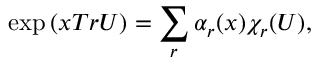
\exp \left( x T r U \right) = \sum _ { r } \alpha _ { r } ( x ) \chi _ { r } ( U ) ,